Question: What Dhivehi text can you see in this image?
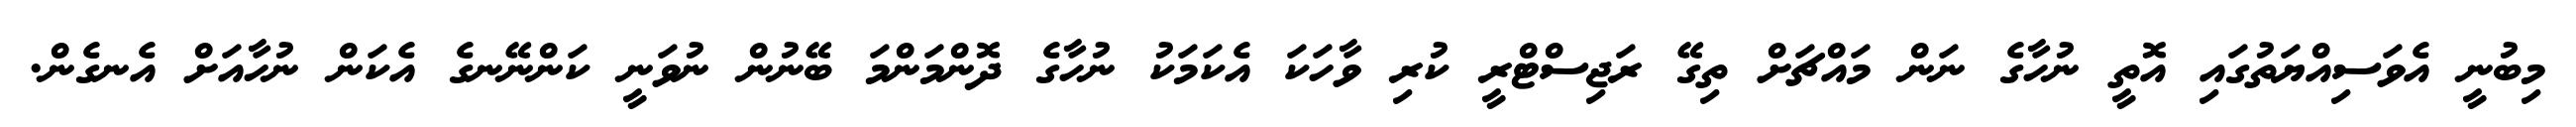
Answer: މިބުނީ އެވަސިއްޔަތުގައި އޮތީ ނުހާގެ ނަން މައްޗަށް ތިގޭ ރަޖިސްޓްރީ ކުރި ވާހަކަ އެކަމަކު ނުހާގެ ދޮންމަންމަ ބޭނުން ނުވަނީ ކަންނޭނގެ އެކަން ނުހާއަށް އެނގެން.